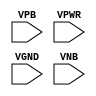
/**
 * Copyright 2020 The SkyWater PDK Authors
 *
 * Licensed under the Apache License, Version 2.0 (the "License");
 * you may not use this file except in compliance with the License.
 * You may obtain a copy of the License at
 *
 *     https://www.apache.org/licenses/LICENSE-2.0
 *
 * Unless required by applicable law or agreed to in writing, software
 * distributed under the License is distributed on an "AS IS" BASIS,
 * WITHOUT WARRANTIES OR CONDITIONS OF ANY KIND, either express or implied.
 * See the License for the specific language governing permissions and
 * limitations under the License.
 *
 * SPDX-License-Identifier: Apache-2.0
 */

`ifndef SKY130_FD_SC_HVL__FILL_PP_SYMBOL_V
`define SKY130_FD_SC_HVL__FILL_PP_SYMBOL_V

/**
 * fill: Fill cell.
 *
 * Verilog stub (with power pins) for graphical symbol definition
 * generation.
 *
 * WARNING: This file is autogenerated, do not modify directly!
 */

`timescale 1ns / 1ps
`default_nettype none

(* blackbox *)
module sky130_fd_sc_hvl__fill (
    //# {{power|Power}}
    input VPB ,
    input VPWR,
    input VGND,
    input VNB
);
endmodule

`default_nettype wire
`endif  // SKY130_FD_SC_HVL__FILL_PP_SYMBOL_V